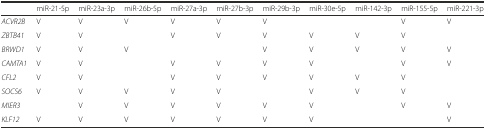
|  | miR-21-5p | miR-23a-3p | miR-26b-5p | miR-27a-3p | miR-27b-3p | miR-29b-3p | miR-30e-5p | miR-142-3p | miR-155-5p | miR-221-3p |
 | --- | --- | --- | --- | --- | --- | --- | --- | --- | --- | --- |
 | ACVR2B | V | V | V | V | V | V |  |  | V | V |
 | ZBTB41 | V | V |  | V | V | V | V | V | V |  |
 | BRWD1 | V | V | V |  |  | V | V | V | V | V |
 | CAMTA1 | V | V |  | V | V | V | V |  | V | V |
 | CFL2 | V | V |  | V | V | V | V | V | V |  |
 | SOCS6 | V | V | V | V | V |  | V | V | V |  |
 | MIER3 |  | V | V | V | V | V | V |  | V | V |
 | KLF12 | V | V | V | V | V | V | V |  |  | V |